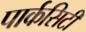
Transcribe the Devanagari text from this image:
पार्कसिटी